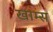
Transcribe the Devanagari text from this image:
खाम्स